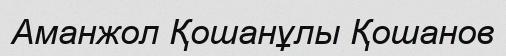
Аманжол Қошанұлы Қошанов